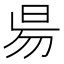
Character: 𣆄